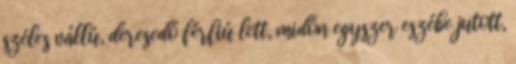
széles vállú, deresedő férfiú lett, midőn egyszer eszébe jutott,